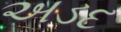
અડદ